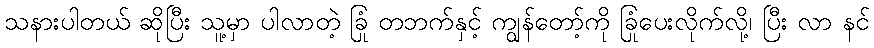
သနားပါတယ် ဆိုပြီး သူ့မှာ ပါလာတဲ့ ခြုံ တဘက်နှင့် ကျွန်တော့်ကို ခြုံပေးလိုက်လို့၊ ပြီး လာ နင်